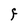
Character: F